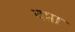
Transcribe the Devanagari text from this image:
वप्ता